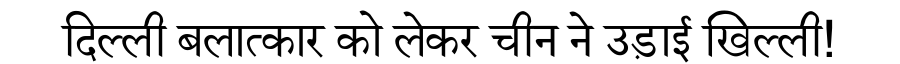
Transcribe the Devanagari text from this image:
दिल्ली बलात्कार को लेकर चीन ने उड़ाई खिल्ली!